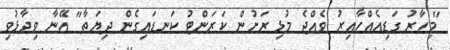
"މިހާރު ގަޑިއެއްހާއިރު ވެއްޖެ މުޅި ރަށުން ކަރަންޓު ކަނޑައިގެން ދިޔަތާ" އޭނާ ވިދާޅުވި